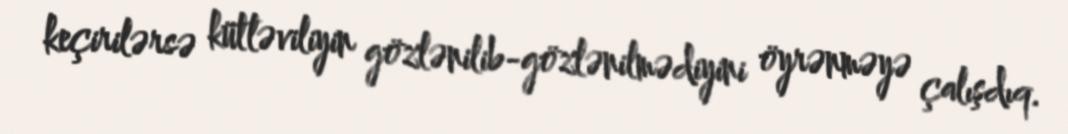
keçirilərsə kütləviliyin gözlənilib-gözlənilmədiyini öyrənməyə çalışdıq.